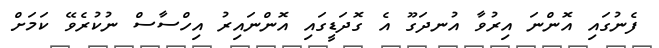
ފެނުގައި އޮންނަ އިރުވާ އުނދަގޫ އެ ގޮދަޑީގައި އޮންނައިރު އިހްސާސް ނުކުރެވޭ ކަމަށް